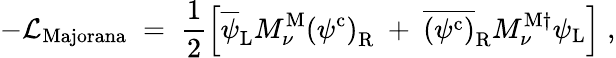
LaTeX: -{\cal L}_{\mathrm{Majorana}}\; =\; \frac{1}{2}\left[\overline{{{\psi}}}_{\mathrm{L}}M_{\nu}^{\mathrm{M}}\left(\psi^{\mathrm{c}}\right)_{\mathrm{R}}~+~\overline{{{\left(\psi^{\mathrm{c}}\right)}}}_{\mathrm{R}}M_{\nu}^{\mathrm{M\dagger}}\psi_{\mathrm{L}}\right]\; ,